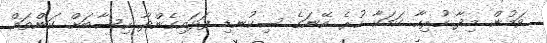
ވަމުން މިދާ ހުރިހާ ކަމަކާ ހުރެ އޭނަގެ ސިކުނޑި ފަޅައިގެންދާ ހިސާބަށް ކަންތައް